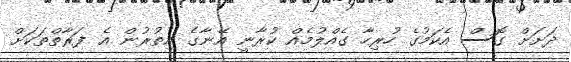
ދަށަށް ގޮސް އެކަމުގެ ހުރިހާ ގެއްލުމެއް ކުރާނީ އޭނާގެ އިތުރުން އެ ފަރާތްތަކަށް